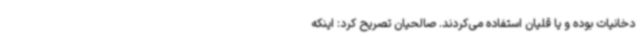
دخانیات بوده و یا قلیان استفاده می‌کردند. صالحیان تصریح کرد: اینکه